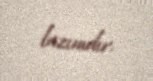
lazımdır.